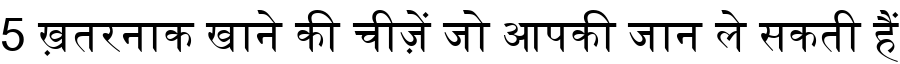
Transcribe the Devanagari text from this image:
5 ख़तरनाक खाने की चीज़ें जो आपकी जान ले सकती हैं